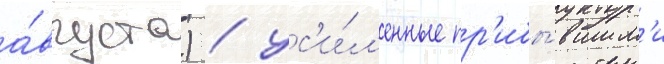
а́вгуста) / ус'и́л'енные пр'ибы́вшим'и